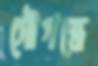
সৌগন্ধে